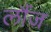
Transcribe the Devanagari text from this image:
लौंज